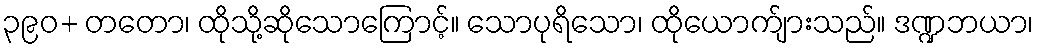
၃၉၀+ တတော၊ ထိုသို့ဆိုသောကြောင့်။ သောပုရိသော၊ ထိုယောက်ျားသည်။ ဒဏ္ဍဘယာ၊